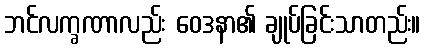
ဘင်လက္ခဏာလည်း ဝေဒနာ၏ ချုပ်ခြင်းသာတည်း။